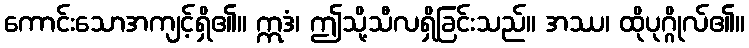
ကောင်းသောအကျင့်ရှိ၏။ ဣဒံ၊ ဤသို့သီလရှိခြင်းသည်။ အဿ၊ ထိုပုဂ္ဂိုလ်၏။